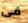
فى